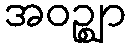
အဝဉ္ဈာ